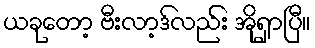
ယခုတော့ ဗီးလာ့ဒ်လည်း အိုရှာပြီ။